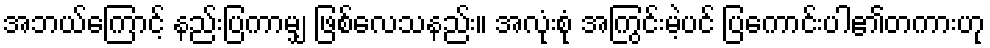
အဘယ်ကြောင့် နည်းပြကာမျှ ဖြစ်လေသနည်း။ အလုံးစုံ အကြွင်းမဲ့ပင် ပြကောင်းပါ၏တကားဟု